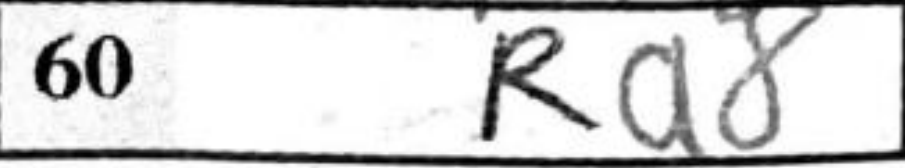
Transcription: Ra8